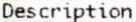
DESCRIPTION